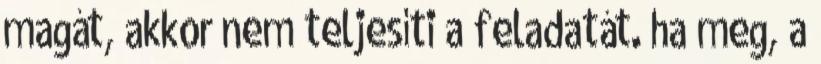
magát, akkor nem teljesíti a feladatát. ha meg, a